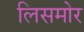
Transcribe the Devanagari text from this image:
लिसमोर